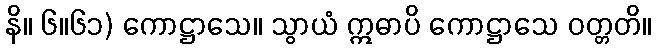
နိ။ ၆။၆၁) ကောဋ္ဌာသေ။ သွာယံ ဣဓာပိ ကောဋ္ဌာသေ ဝတ္တတိ။